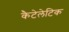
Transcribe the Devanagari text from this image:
कैटेलेटिक